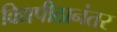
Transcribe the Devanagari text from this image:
विद्यपीठानंतर